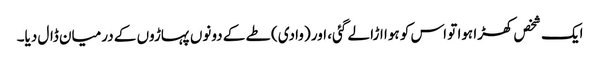
ایک شخص کھڑا ہوا تو اس کو ہوا اڑا لے گئی، اور (وادی) طے کے دونوں پہاڑوں کے درمیان ڈال دیا۔